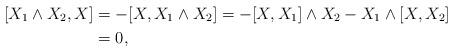
LaTeX: \begin{align*}[X_1\wedge X_2,X]&=-[X,X_1\wedge X_2]= -[X,X_1]\wedge X_2 - X_1 \wedge[X,X_2]\\&=0,\end{align*}